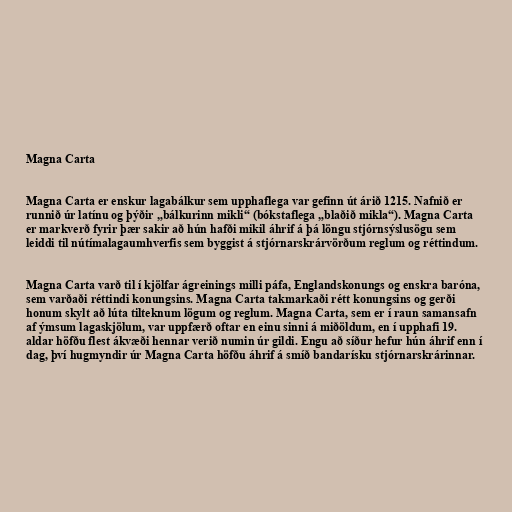
Magna Carta

Magna Carta er enskur lagabálkur sem upphaflega var gefinn út árið 1215. Nafnið er
runnið úr latínu og þýðir „bálkurinn mikli“ (bókstaflega „blaðið mikla“). Magna Carta
er markverð fyrir þær sakir að hún hafði mikil áhrif á þá löngu stjórnsýslusögu sem
leiddi til nútímalagaumhverfis sem byggist á stjórnarskrárvörðum reglum og réttindum.

Magna Carta varð til í kjölfar ágreinings milli páfa, Englandskonungs og enskra baróna,
sem varðaði réttindi konungsins. Magna Carta takmarkaði rétt konungsins og gerði
honum skylt að lúta tilteknum lögum og reglum. Magna Carta, sem er í raun samansafn
af ýmsum lagaskjölum, var uppfærð oftar en einu sinni á miðöldum, en í upphafi 19.
aldar höfðu flest ákvæði hennar verið numin úr gildi. Engu að síður hefur hún áhrif enn í
dag, því hugmyndir úr Magna Carta höfðu áhrif á smíð bandarísku stjórnarskrárinnar.